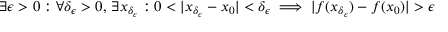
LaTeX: \exists \epsilon > 0 : \forall \delta _ { \epsilon } > 0 , \, \exists x _ { \delta _ { \epsilon } } : 0 < | x _ { \delta _ { \epsilon } } - x _ { 0 } | < \delta _ { \epsilon } \implies | f ( x _ { \delta _ { \epsilon } } ) - f ( x _ { 0 } ) | > \epsilon